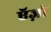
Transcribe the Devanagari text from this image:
ऍज़ो